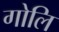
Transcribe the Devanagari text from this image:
गोलि